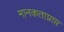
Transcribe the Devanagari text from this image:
मानकताप्राप्त